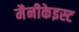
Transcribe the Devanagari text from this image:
मैनीकेइस्ट